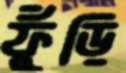
ফুঁড়ি